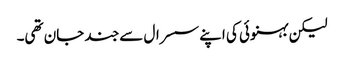
لیکن بہنوئی کی اپنے سسرال سے جند جان تھی۔